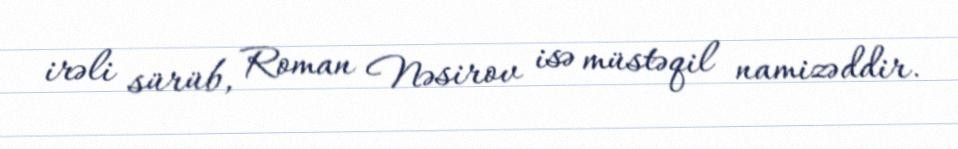
irəli sürüb, Roman Nəsirov isə müstəqil namizəddir.